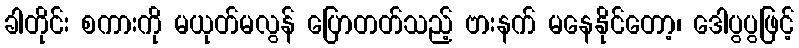
ခါတိုင်း စကားကို မယုတ်မလွန် ပြောတတ်သည့် ဗားနက် မနေနိုင်တော့၊ ဒေါပွပွဖြင့်